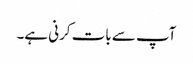
آپ سے بات کرنی ہے۔